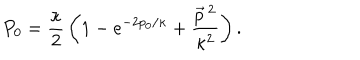
P _ { 0 } = \frac \kappa 2 \, \left( 1 - e ^ { - 2 p _ { 0 } / \kappa } + \frac { \vec { p } \, { } ^ { 2 } } { \kappa ^ { 2 } } \right) .